Newspaper: St. Cloud Democrat. [volume]
Place of publication: Saint Cloud, Stearns County, Minn.
Publisher: Jane G. Swisshelm
Date: 1860-07-12 00:00:00
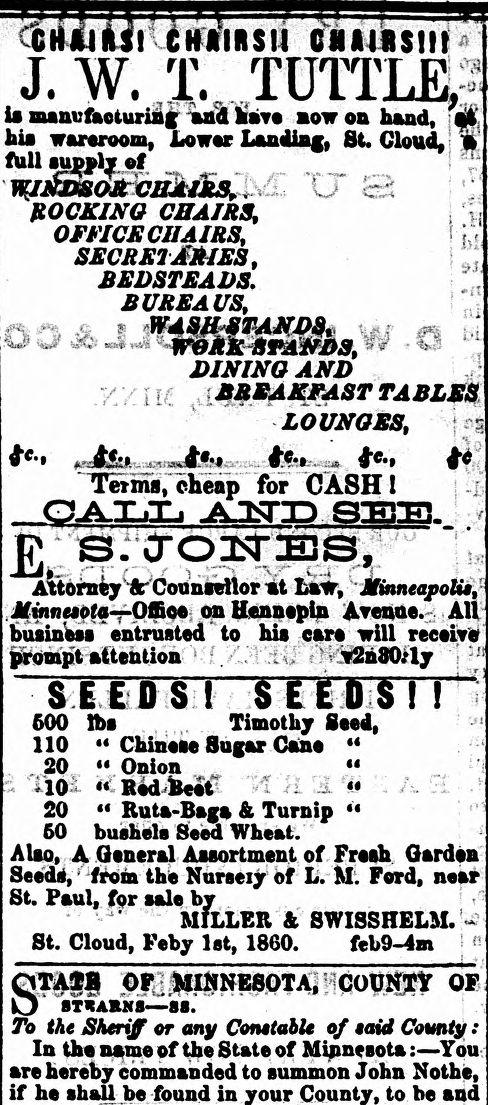
Advertisement text (OCR):
CHUM! CHUBS!! CHAIRS!!! J. W. X, TUTTLE, is manufacturing and have now on hand, ftt hi* wareroom, Lower Landing, St. Cloud, full supply of '. WINDSORCUAiRSr 7 ROCKING CHAIRS, OFFICE CHAIRS, I I SECRETARIES, BEDSTEADS. BUREAUS, DINING AND BREAKFAST TABLES LOUNGES, Terms, cheap for A S A jkJUTJD S E E 3 OroiiTES, Attorney ft Counsellor at Law, Minneapolia, Minnesota—Offioe on Hennepin Avenue. All business entrusted to bis car* will prompt attention v2n80 ly S E E S S E E S 600 lbs Timothy Seed, 110 Chinese Sugar Can* 20 Onion *10 Red Beet 20 Buta-Baga & Turnip 60 bushels Seed Wheat. Also, A General Assortment of Fresh Garden Seeds, from the Nursery of L. M. Ford, near St. Paul, for sale by MILLER ft SWISSHELM. St. Cloud, Feby 1st, 1860. feb9-4m STATB OF MINNESOTA, COUNTY OF STKAXNS—88. To the Sheriff or any Constable of $aid County In the name of the State of Minnesota:—You are hereby commanded to summon John Nothe, if he shall be found in your County, to be and
Label: text-only